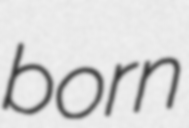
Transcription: born